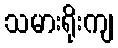
သမားရိုးကျ